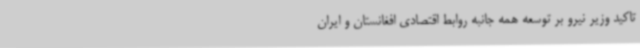
تاکید وزیر نیرو بر توسعه همه جانبه روابط اقتصادی افغانستان و ایران